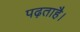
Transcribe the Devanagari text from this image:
पढ़ताहै।